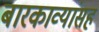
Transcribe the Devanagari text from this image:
बारकाव्यांसह